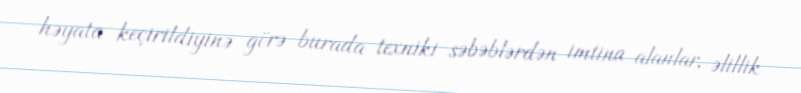
həyata keçirildiyinə görə burada texniki səbəblərdən imtina alanlar, əlillik